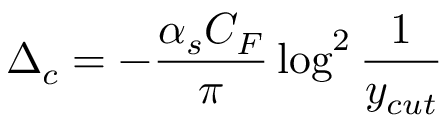
\Delta _ { c } = - \frac { \alpha _ { s } C _ { F } } { \pi } \log ^ { 2 } \frac { 1 } { y _ { c u t } }